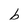
Character: b